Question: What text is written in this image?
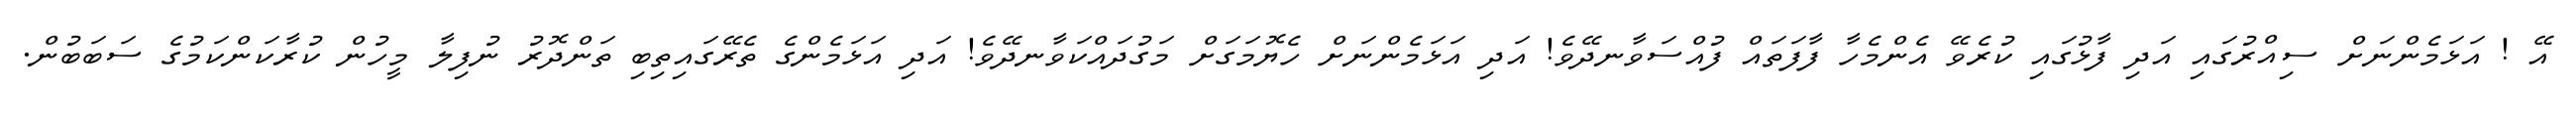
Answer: އޭ ! އަޅަމެންނަށް ސިއްރުގައި އަދި ފާޅުގައި ކުރެވޭ އެންމެހާ ފާފަތައް ފުއްސަވާނދޭވެ! އަދި އަޅަމެންނަށް ހެޔޮމަގަށް މަގުދައްކަވާނދޭވެ! އަދި އަޅަމެންގެ ތެރޭގައިތިބި ތަންދޮރު ނުފިލާ މީހުން ކުރާކަންކަމުގެ ސަބަބުން.